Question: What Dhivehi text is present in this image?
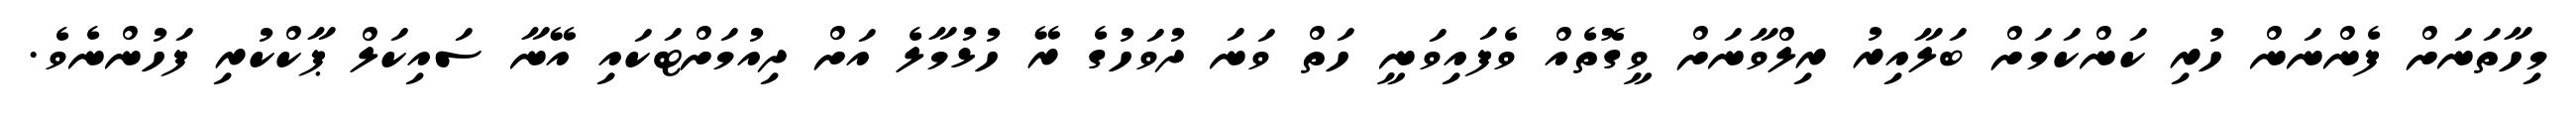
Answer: މިހާތަނަށް ފެންނަން ހުރި ކަންކަމަށް ބަލާއިރު ރިލްވާނަށް ވީގޮތެއް ވެފައިވަނީ ހަތް ވަނަ ދުވަހުގެ ރޭ ހުޅުމާލެ އަށް ދިއުމަށްޓަކައި އޭނާ ސައިކަލް ޕާކްކުރި ފަހުންނެވެ.